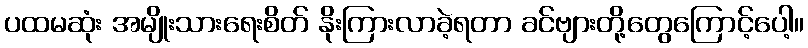
ပထမဆုံး အမျိုးသားရေးစိတ် နိုးကြားလာခဲ့ရတာ ခင်ဗျားတို့တွေကြောင့်ပေါ့။